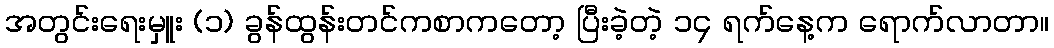
အတွင်းရေးမှူး (၁) ခွန်ထွန်းတင်ကစာကတော့ ပြီးခဲ့တဲ့ ၁၄ ရက်နေ့က ရောက်လာတာ။